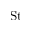
\mathrm { S t }